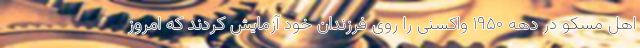
اهلِ مسکو در دهه ۱۹۵۰ واکسنی را روی فرزندانِ خود آزمایش کردند که امروز